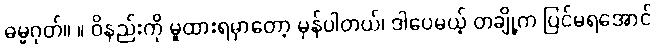
ဓမ္မဂုတ်။ ။ ဝိနည်းကို မူထားရမှာတော့ မှန်ပါတယ်၊ ဒါပေမယ့် တချို့က ပြင်မရအောင်